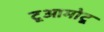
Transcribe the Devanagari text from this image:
टूआमोटू